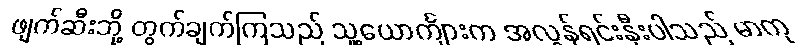
ဖျက်ဆီးဘို့ တွက်ချက်ကြသည် သူ့ယောင်္ကျားက အလွန်ရင်းနှီးပါသည် မာကု